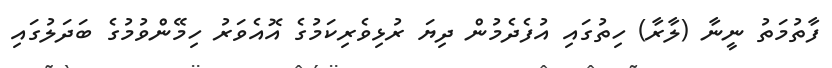
ފާތުމަތު ނީނާ (ލާރާ) ހިތުގައި އުފެދެމުން ދިޔަ ރުޅިވެރިކަމުގެ އޮއެވަރު ހިމޭންވުމުގެ ބަދަލުގައި